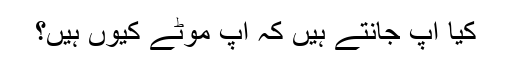
کیا آپ جانتے ہیں کہ آپ موٹے کیوں ہیں؟